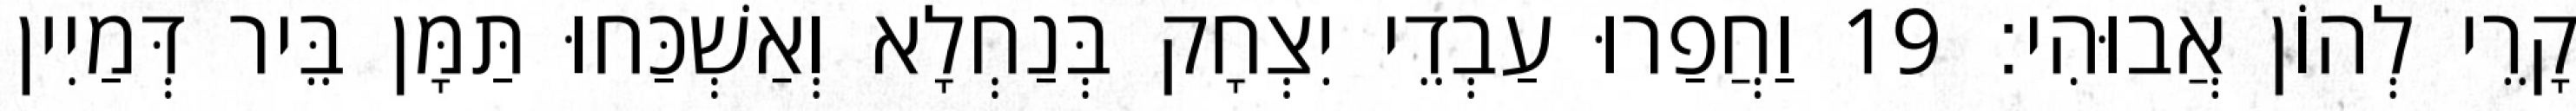
קָרֵי לְהוֹן אֲבוּהִי׃ 19 וַחֲפַרוּ עַבְדֵי יִצְחָק בְּנַחְלָא וְאַשְׁכַּחוּ תַּמָּן בֵּיר דְּמַיִין